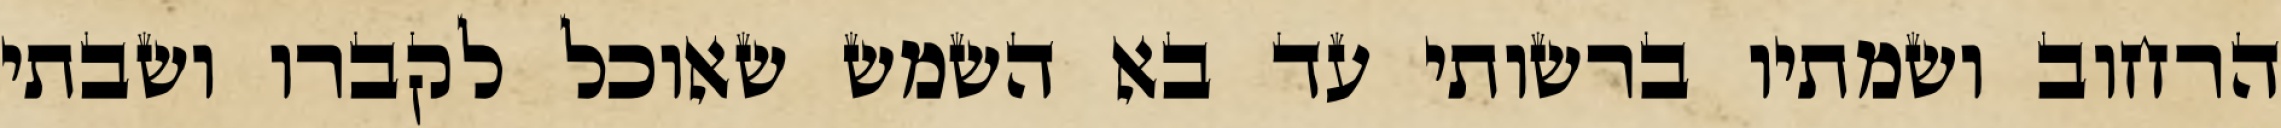
הרחוב ושמתיו ברשותי עד בא השמש שאוכל לקברו ושבתי